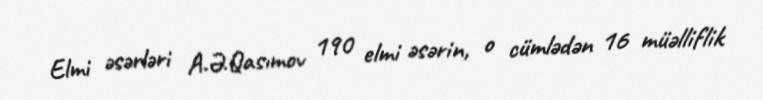
Elmi əsərləri A.Ə.Qasımov 190 elmi əsərin, o cümlədən 16 müəlliflik